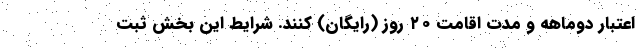
اعتبار دوماهه و مدت اقامت ۲۰ روز (رایگان) کنند. شرایط این بخش ثبت